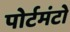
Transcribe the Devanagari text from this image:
पोर्टमंटो